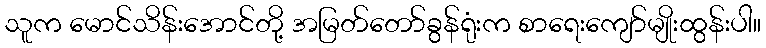
သူက မောင်သိန်းအောင်တို့ အမြတ်တော်ခွန်ရုံးက စာရေးကျော်မျိုးထွန်းပါ။